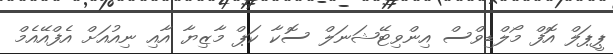
ޕީޕަލް އޮފް މޯލްޑިވްސް އިންވިޓޭޝަނަލް ސޮކާ ކަޕް މާޒިޔާ އާއި ނިއުއަށް އެފްއޭއެމް